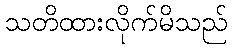
သတိထားလိုက်မိသည်